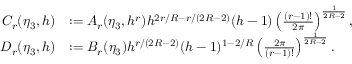
\begin{array} { r l } { C _ { r } ( \eta _ { 3 } , h ) } & { : = A _ { r } ( \eta _ { 3 } , h ^ { r } ) h ^ { 2 r / R - r / ( 2 R - 2 ) } ( h - 1 ) \left( \frac { ( r - 1 ) ! } { 2 \pi } \right) ^ { \frac { 1 } { 2 R - 2 } } , } \\ { D _ { r } ( \eta _ { 3 } , h ) } & { : = B _ { r } ( \eta _ { 3 } ) h ^ { r / ( 2 R - 2 ) } ( h - 1 ) ^ { 1 - 2 / R } \left( \frac { 2 \pi } { ( r - 1 ) ! } \right) ^ { \frac { 1 } { 2 R - 2 } } . } \end{array}